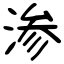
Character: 渗